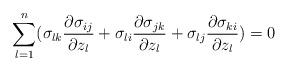
LaTeX: \begin{align*}\sum_{l=1}^n (\sigma_{lk}\frac{\partial \sigma_{ij}}{\partial z_l}+\sigma_{li}\frac{\partial \sigma_{jk}}{\partial z_l}+\sigma_{lj}\frac{\partial \sigma_{ki}}{\partial z_l})=0\end{align*}